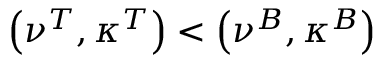
\left( \nu ^ { T } , \kappa ^ { T } \right) < \left( \nu ^ { B } , \kappa ^ { B } \right)